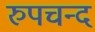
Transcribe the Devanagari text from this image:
रुपचन्द